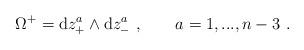
LaTeX: \begin{align*}\Omega^+={\rm d}z_+^a\wedge {\rm d}z_-^a\ ,\qquad a=1,...,n-3\ .\end{align*}